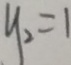
y _ { 2 } = 1